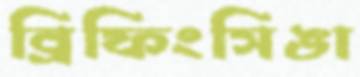
ব্রিফিংসিঙা